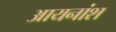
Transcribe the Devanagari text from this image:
आयनांश